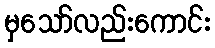
မှသော်လည်းကောင်း